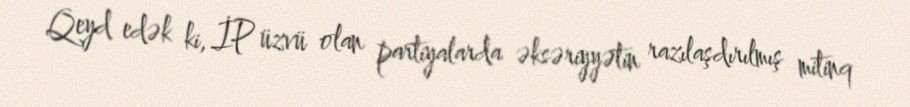
Qeyd edək ki, İP üzvü olan partiyalarda əksəriyyətin razılaşdırılmış mitinq